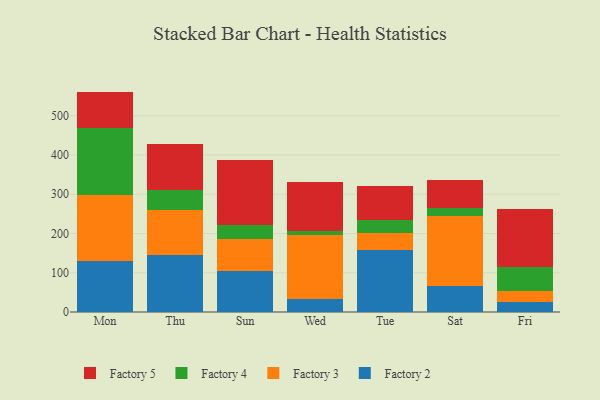
{"axis": {"x": "Day", "y": "Backlog"}, "legend": ["Factory 2", "Factory 3", "Factory 4", "Factory 5"], "data": [{"x": "Mon", "y": 130.5, "type": "Factory 2"}, {"x": "Mon", "y": 168.7, "type": "Factory 3"}, {"x": "Mon", "y": 169.8, "type": "Factory 4"}, {"x": "Mon", "y": 92.6, "type": "Factory 5"}, {"x": "Thu", "y": 144.8, "type": "Factory 2"}, {"x": "Thu", "y": 116.2, "type": "Factory 3"}, {"x": "Thu", "y": 49.4, "type": "Factory 4"}, {"x": "Thu", "y": 116.6, "type": "Factory 5"}, {"x": "Sun", "y": 104.3, "type": "Factory 2"}, {"x": "Sun", "y": 82.7, "type": "Factory 3"}, {"x": "Sun", "y": 33.6, "type": "Factory 4"}, {"x": "Sun", "y": 166.2, "type": "Factory 5"}, {"x": "Wed", "y": 32.2, "type": "Factory 2"}, {"x": "Wed", "y": 162.9, "type": "Factory 3"}, {"x": "Wed", "y": 11.2, "type": "Factory 4"}, {"x": "Wed", "y": 124.9, "type": "Factory 5"}, {"x": "Tue", "y": 157.2, "type": "Factory 2"}, {"x": "Tue", "y": 43.4, "type": "Factory 3"}, {"x": "Tue", "y": 35.0, "type": "Factory 4"}, {"x": "Tue", "y": 86.1, "type": "Factory 5"}, {"x": "Sat", "y": 65.9, "type": "Factory 2"}, {"x": "Sat", "y": 179.9, "type": "Factory 3"}, {"x": "Sat", "y": 18.2, "type": "Factory 4"}, {"x": "Sat", "y": 71.3, "type": "Factory 5"}, {"x": "Fri", "y": 25.1, "type": "Factory 2"}, {"x": "Fri", "y": 28.4, "type": "Factory 3"}, {"x": "Fri", "y": 60.0, "type": "Factory 4"}, {"x": "Fri", "y": 149.8, "type": "Factory 5"}]}